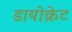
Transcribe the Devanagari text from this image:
डायोक्रेट